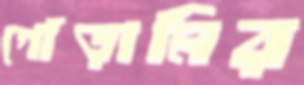
গোঁড়ামির